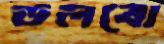
ডলবো